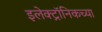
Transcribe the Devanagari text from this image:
इलेक्ट्रॉनिकच्या